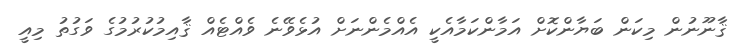
ޤާނޫނުން މިކަން ބަޔާންކޮށް އަމާންކަމާއެކީ އެއްމެންނަށް އުޅެވޭނެ ވެއްޓެއް ޤާއިމުކުރުމުގެ ވަގުތު މިއީ